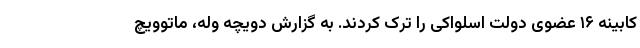
کابینه ۱۶ عضوی دولت اسلواکی را ترک کردند. به گزارش دویچه وله، ماتوویچ